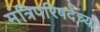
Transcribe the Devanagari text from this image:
मंत्रिपरिषदेच्या